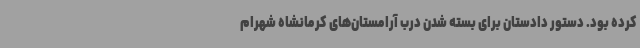
کرده بود. دستور دادستان برای بسته شدن درب آرامستان‌های کرمانشاه شهرام